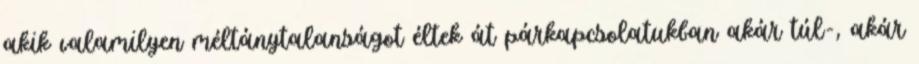
akik valamilyen méltánytalanságot éltek át párkapcsolatukban akár túl-, akár